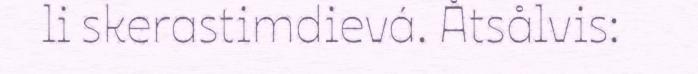
li skerastimdievá. Åtsålvis: